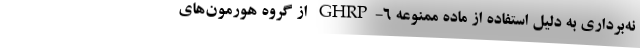
نه‌برداری به دلیل استفاده از ماده ممنوعه GHRP-۶ از گروه هورمون‌های